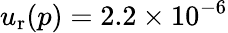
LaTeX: u_{\mathrm{r}}(p)=2.2\times 10^{-6}